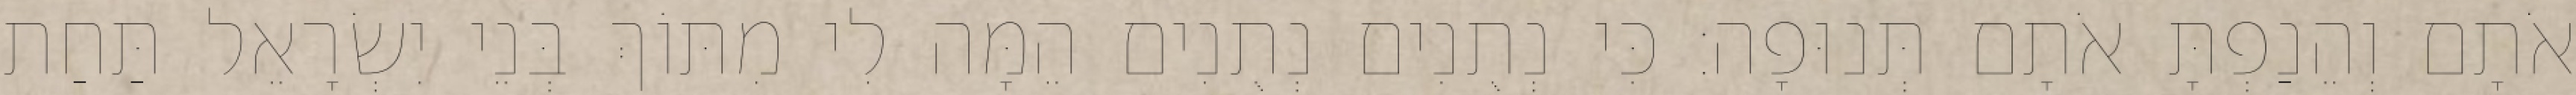
אֹתָם וְהֵנַפְתָּ אֹתָם תְּנוּפָה׃ כִּי נְתֻנִים נְתֻנִים הֵמָּה לִי מִתּוֹךְ בְּנֵי יִשְׂרָאֵל תַּחַת